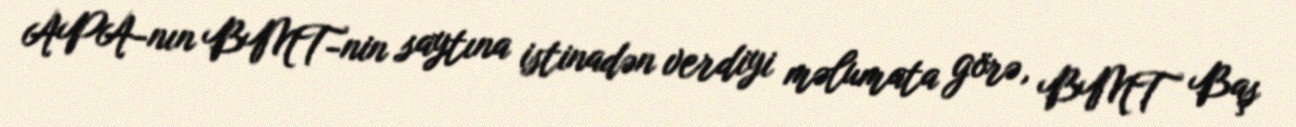
APA-nın BMT-nin saytına istinadən verdiyi məlumata görə, BMT Baş